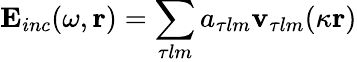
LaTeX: \mathbf{E}_{inc}(\omega,\mathbf{r})=\sum_{\tau lm}a_{\tau lm}\mathbf{v}_{\tau lm}(\kappa\mathbf{r})